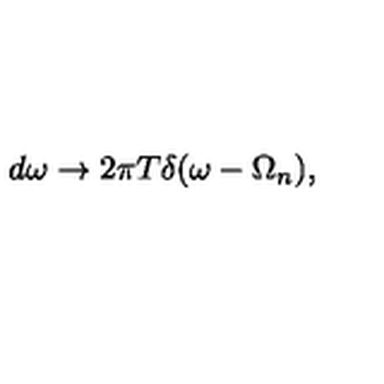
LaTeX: d \omega \to 2 \pi T \delta ( \omega - \Omega _ { n } ) { , }